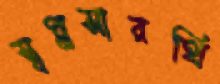
স্বপ্নসারথি